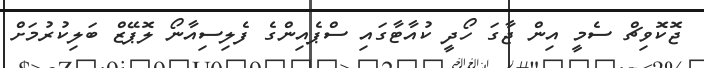
ޖޮކޮވިޗް ސެމީ އިން ޖާގަ ހޯދީ ކުއާޓާގައި ސްޕެއިންގެ ފެލިސިއާނޯ ލޮޕޭޒް ބަލިކުރުމަށް